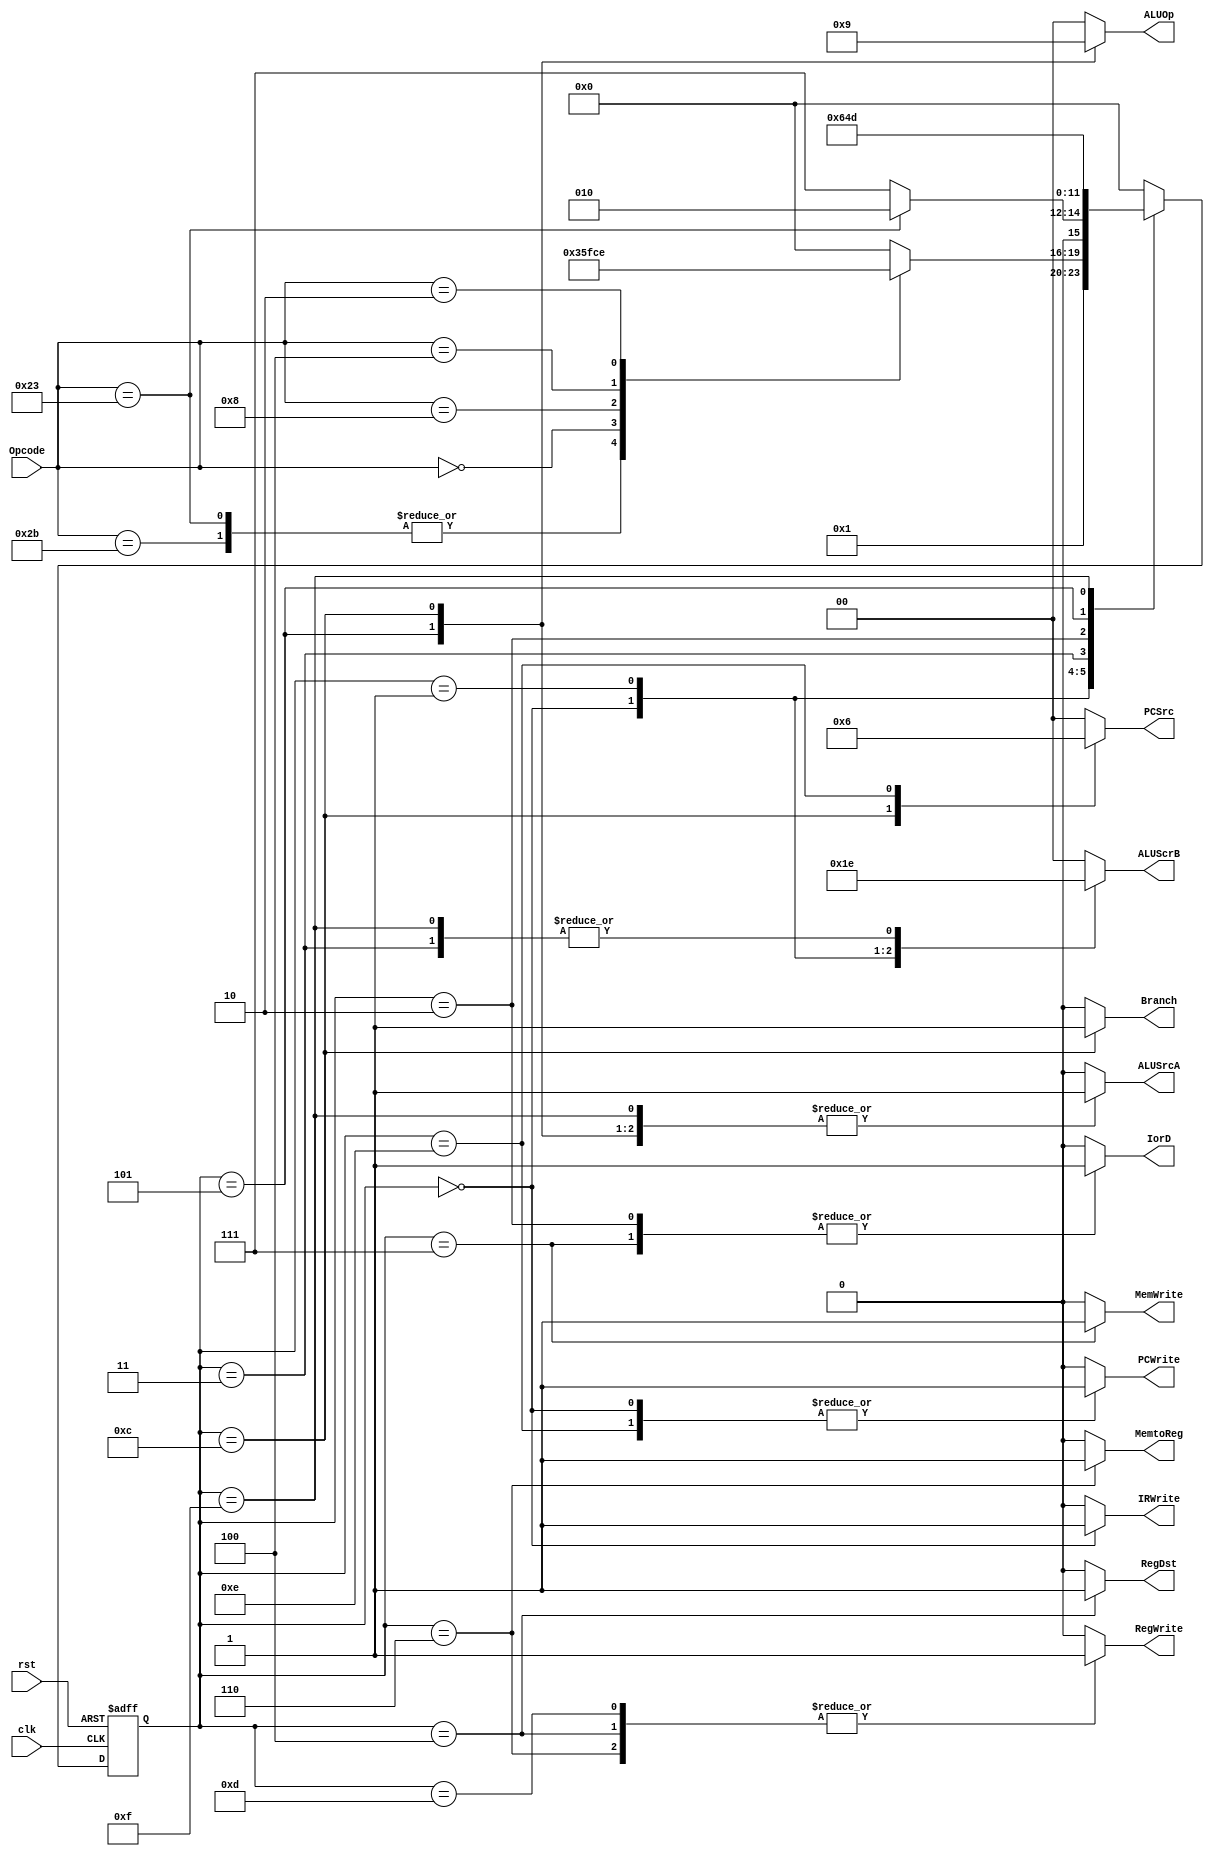
module FSM #(
    parameter Opcode_Size ='d6 , Rtypr_Funct_Size='d6 ,ScrB_Mux_Selection_Line_Size='d2,ALU_Decoder_Size='d3
) (
    input  wire [Opcode_Size-1:0]                   Opcode  ,
    //input  wire [Rtypr_Funct_Size-1:0]              Funct   ,
    input  wire                                     clk     ,
    input  wire                                     rst     ,
    //*                      MUX Selections Line           ///
    output reg                                      MemtoReg, // Rather the Data to Reg comes from the Memory(lw and sw  instruction) OR the Alu result (R-type Instruction)
    output reg                                      RegDst  , // Rather the Address of the data to reg is inst[20:16] (lw and sw instr) OR inst[15:11] (R-type Instruction) 
    output reg                                      IorD    , // Rather the Address of the Memory is coming from the PC(Instruction) or the ALU result (lw and sw instructions)
    output reg  [1:0]                               PCSrc   , //
    output reg [ScrB_Mux_Selection_Line_Size-1:0]   ALUScrB , // ALU Source B a 4*1 MUX (R-type rt ,'d4 for pc incr,singlmm lw and sw inst and branch inst )
    output reg                                      ALUSrcA , // ALU Source A a 2*1 MUX (R-type rs and PC )
    //*                      Reg Enable                  ///// ////
    output reg                                      IRWrite , // Instruction Reg Enable
    output reg                                      MemWrite, //Memory Write Enable
    output reg                                      PCWrite , // PC Reg Write Enable
    output reg                                      Branch  , // Branch signal to an and with the zero flag
    output reg                                      RegWrite, // Reg file Write Enable 
    output reg  [1:0]                               ALUOp
    //output reg [ALU_Decoder_Size-1:]                ALUControl
);

reg [3:0] CurrentState,NextState;

localparam  Fetch= 4'b0000, // Fetch the Data and increment the PC  
            Decode=4'b0001,
            //* Lw or SW
            MemAdr=4'b0011,
            // Lw
            MemRead=4'b0010,
            MemWriteback=4'b0110,
            // Sw
            MemWrite_s=4'b0111  ,
            //* R-type
            Execute=4'b0101     ,
            ALUWriteback=4'b0100 ,
            //*Branch
            Branch_s=4'b1100,
            //
            Jump=4'b1110, // jump

            ADDi_Exectute=4'b1111, // add
            ADDi_Writeback=4'b1101;





always @(posedge clk  or negedge rst) begin
    if (!rst) begin
        CurrentState<='b0;
    end else begin
        CurrentState<=NextState;
    end
end

always @(*) begin
    MemtoReg='b0 ;// Rather the Data to Reg comes from the Memory(lw and sw  instruction) OR the Alu result (R-type Instruction)
    RegDst='b0  ; // Rather the Address of the data to reg is inst[20:16] (lw and sw instr) OR inst[15:11] (R-type Instruction) 
    IorD='b0    ; // Rather the Address of the Memory is coming from the PC(Instruction) or the ALU result (lw and sw instructions)
    PCSrc='b00   ; //
    ALUScrB='b00 ; // ALU Source B a 4*1 MUX (R-type rt ;'d4 for pc incr;singlmm lw and sw inst and branch inst )
    ALUSrcA='b0 ; // ALU Source A a 2*1 MUX (R-type rs and PC )
    //*                      Reg Enable                  ///// ////
    IRWrite='b0 ; // Instruction Reg Enable
    MemWrite='b0; //Memory Write Enable
    PCWrite='b0 ; // PC Reg Write Enable
    Branch='b0  ; // Branch signal to an and with the zero flag
    RegWrite='b0 ; // Reg file Write Enable 
    ALUOp='b00; 



    case (CurrentState)
       Fetch : begin
        ALUSrcA='b0;
        ALUScrB='b01;
        PCSrc='b00;
        PCWrite='b1;
        IorD='b0;
        IRWrite='b1;
        ALUOp='b00; 

        NextState=Decode;
       end

       Decode:begin
        ALUSrcA='b0;
        ALUScrB='b11;
        ALUOp='b00;
        case (Opcode)
            6'b100011,6'b101011:NextState=MemAdr; // lw and sw
            6'b000000: NextState=Execute; // R-type
            6'b001000: NextState=ADDi_Exectute;
            6'b000100:NextState=Branch_s; // Breanch
            6'b000010:NextState=Jump;//jump state
            default: NextState=Fetch;
        endcase

       end

       MemAdr:begin
        ALUSrcA='b1;
        ALUScrB='b10;
        ALUOp='b00;
        if (Opcode== 6'b100011) begin
            NextState=MemRead;
        end else begin
            NextState=MemWrite_s;
        end
       end

       MemRead:begin
        IorD='b1;
        NextState=MemWriteback;
       end

       MemWriteback:begin
        MemtoReg='b1;
        RegDst='b0;
        RegWrite='b1;
        NextState=Fetch;
       end

       MemWrite_s:begin
        IorD='b1;
        MemWrite='b1;
        NextState=Fetch;
       end

       Execute:begin
        ALUSrcA='b1;
        ALUScrB='b00;
        ALUOp=2'b10;
        NextState=ALUWriteback;
       end

       ALUWriteback:begin
        MemtoReg='b0;
        RegDst='b1;
        RegWrite='b1;
        NextState=Fetch;
       end

       Branch_s:begin
        ALUScrB='b00;
        ALUSrcA='b1;
        ALUOp='b01;
        PCSrc='b01;
        Branch='b1;
        NextState=Fetch;
       end

       ADDi_Exectute:begin
        ALUSrcA='b1;
        ALUScrB='b10;
        ALUOp='b00;
        NextState=ADDi_Writeback;
        
       end
       ADDi_Writeback:begin
        MemtoReg='b0;
        RegDst='b0;
        RegWrite='b1;
        NextState=Fetch;
    
       end

       Jump:begin
        PCSrc='b10;
        PCWrite='b1;
        NextState=Fetch;
       end

        default:NextState=Fetch; 
    endcase

end
    
endmodule